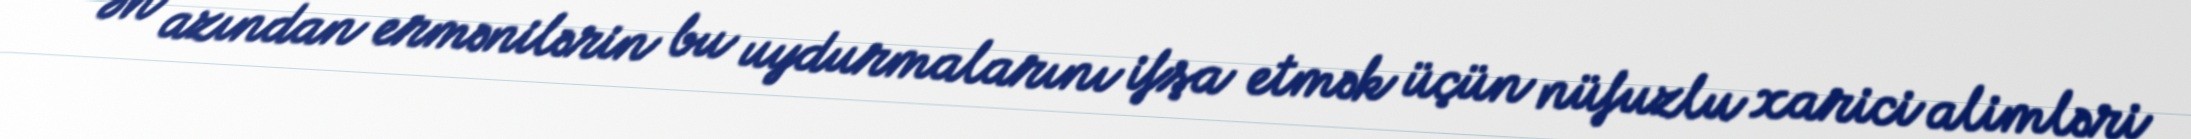
Ən azından ermənilərin bu uydurmalarını ifşa etmək üçün nüfuzlu xarici alimləri